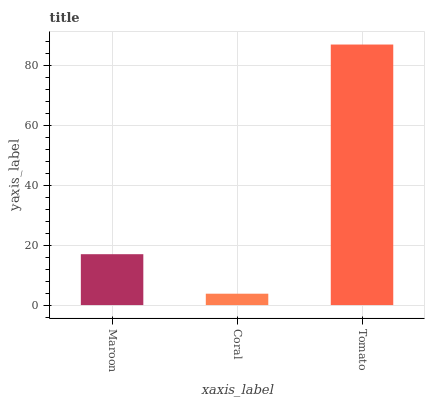
| xaxis_label | bars |
 | --- | --- |
 | Maroon | 17 |
 | Coral | 3.8 |
 | Tomato | 87.1 |